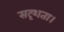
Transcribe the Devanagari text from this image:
सदृशता।